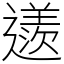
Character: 䢭